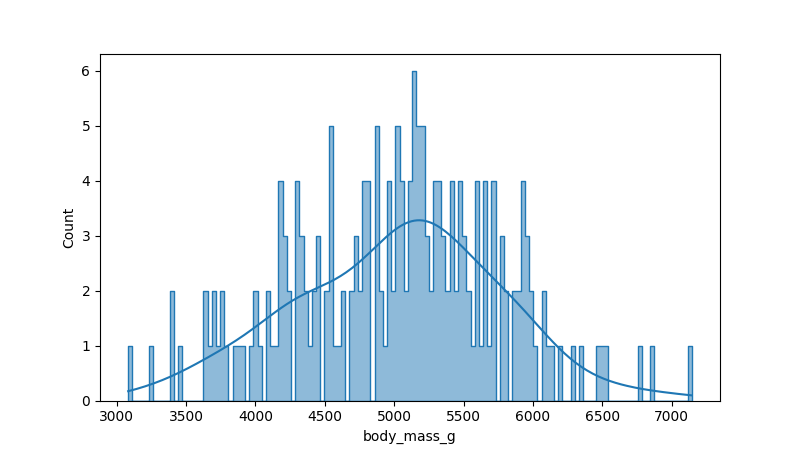
python, seaborn, histplot, hue='all', binwidth=30, bins='auto', element='step'